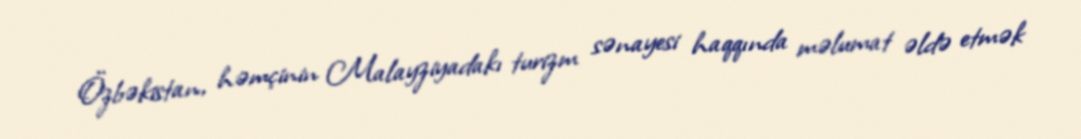
Özbəkistan, həmçinin Malayziyadakı turizm sənayesi haqqında məlumat əldə etmək